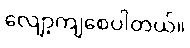
လျော့ကျစေပါတယ်။